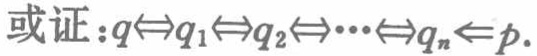
或证：$q\Leftrightarrow q_1\Leftrightarrow q_2\Leftrightarrow\cdots\Leftrightarrow q_n\leftarrow p$.